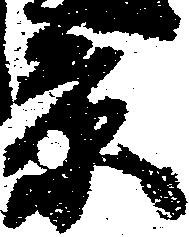
景